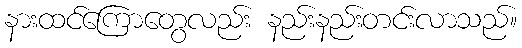
နားထင်ကြောတွေလည်း နည်းနည်းတင်းလာသည်။